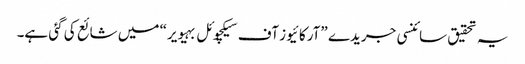
یہ تحقیق سائنسی جریدے ”آرکائیوز آف سیکچوئل بہیویر“ میں شائع کی گئی ہے۔